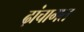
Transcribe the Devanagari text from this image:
ढ़ांचागत